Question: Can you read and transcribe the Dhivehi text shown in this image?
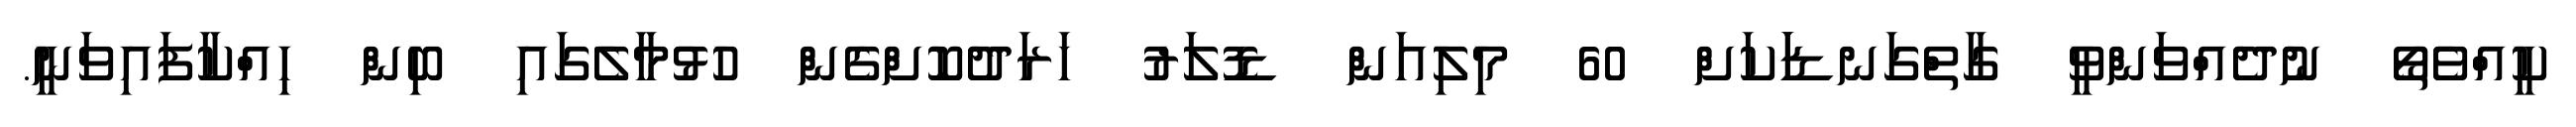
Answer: ކީއްވެތޯ ނުދެއްވަންވީ ގާތްގަނޑަަކަށް 60 މިލިއަން ޑޮލަރު ހަރަދުކޮށްގެން ހުޅުމާލެގައި ބިން ހިއްކާފައިވަނީ.